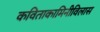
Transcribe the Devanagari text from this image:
कविताकामिनीविलास